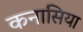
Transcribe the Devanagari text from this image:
कनासिया